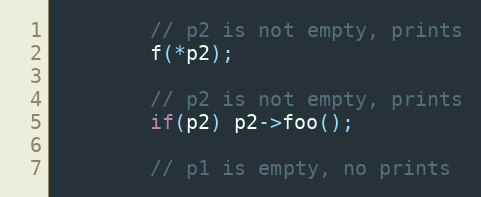
Language: C++
        // p2 is not empty, prints
        f(*p2);

        // p2 is not empty, prints
        if(p2) p2->foo();

        // p1 is empty, no prints